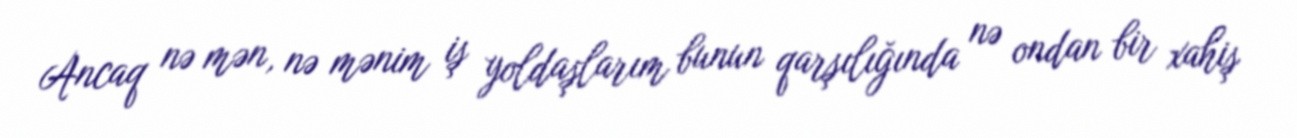
Ancaq nə mən, nə mənim iş yoldaşlarım bunun qarşılığında nə ondan bir xahiş